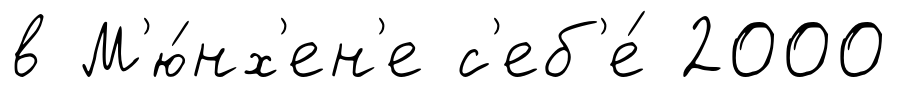
в М'ю́нх'ен'е с'еб'е́ 2000